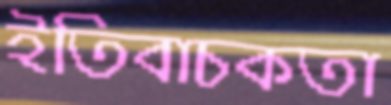
ইতিবাচকতা